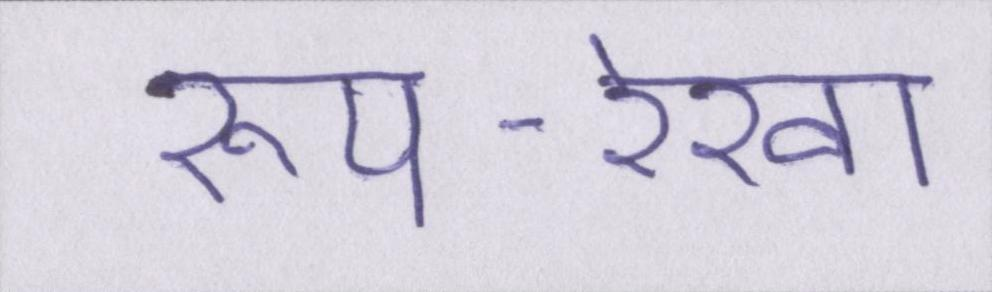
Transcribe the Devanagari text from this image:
रूप-रेखा